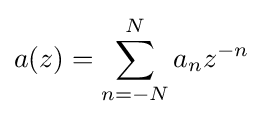
a(z)=\sum _{n=-N}^{N}a_{n}z^{-n}